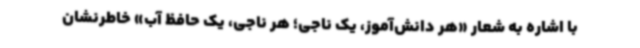
با اشاره به شعار «هر دانش‌آموز، یک ناجی؛ هر ناجی، یک حافظ آب» خاطرنشان